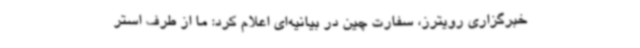
خبرگزاری رویترز، سفارت چین در بیانیه‌ای اعلام کرد: ما از طرف استر